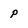
Character: p